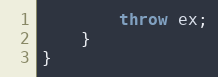
Language: JavaScript
        throw ex;
    }
}